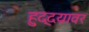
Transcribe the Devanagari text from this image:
हुद्दय़ावर